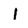
Character: I